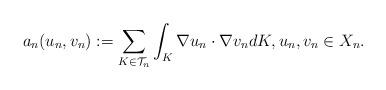
LaTeX: \begin{align*}a_n(u_n, v_n):=\sum_{K \in {\mathcal T}_n} \int_K \nabla u_n \cdot \nabla v_n dK, u_n, v_n \in X_n.\end{align*}